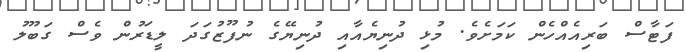
ފަޓާސް ބަރިއެއްހެން ކަމަށެވެ. މުޅި ދުނިޔެއާއި ދުނިޔޭގެ ނުފޫޒުގަދަ ލީޑަރުން ވެސް ގަބޫލު